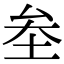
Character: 𡊄